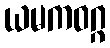
ယမကဝဂ္ဂ